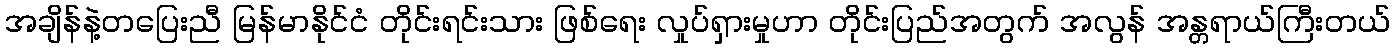
အချိန်နဲ့တပြေးညီ မြန်မာနိုင်ငံ တိုင်းရင်းသား ဖြစ်ရေး လှုပ်ရှားမှုဟာ တိုင်းပြည်အတွက် အလွန် အန္တရာယ်ကြီးတယ်